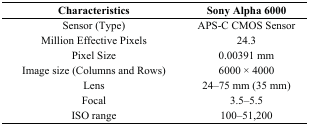
| Characteristics | Sony Alpha 6000 |
 | --- | --- |
 | Sensor (Type) | APS-C CMOS Sensor |
 | Million Effective Pixels | 24.3 |
 | Pixel Size | 0.00391 mm |
 | Image size (Columns and Rows) | 6000 × 4000 |
 | Lens | 24–75 mm (35 mm) |
 | Focal | 3.5–5.5 |
 | ISO range | 100–51,200 |